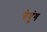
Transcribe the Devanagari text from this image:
चेयुंग